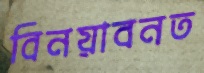
বিনয়াবনত